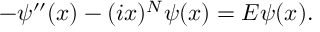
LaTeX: - \psi ^ { \prime \prime } ( x ) - ( i x ) ^ { N } \psi ( x ) = E \psi ( x ) .